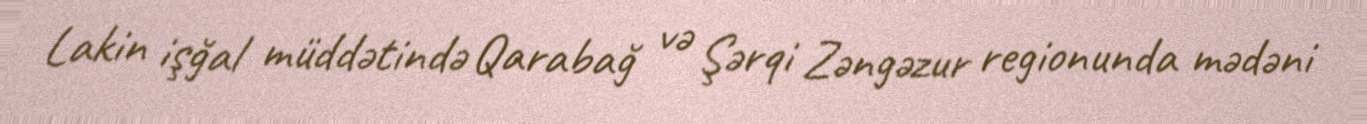
Lakin işğal müddətində Qarabağ və Şərqi Zəngəzur regionunda mədəni